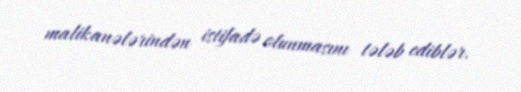
malikanələrindən istifadə olunmasını tələb ediblər.